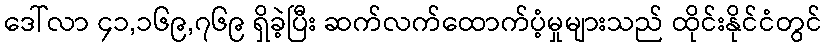
ဒေါ်လာ ၄၁,၁၆၉,၇၆၉ ရှိခဲ့ပြီး ဆက်လက်ထောက်ပံ့မှုများသည် ထိုင်းနိုင်ငံတွင်